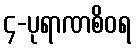
၄-ပုရာဏစိဝရ